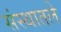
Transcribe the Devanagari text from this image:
संस्थातले